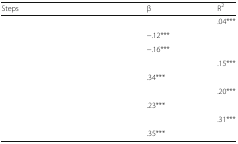
<table><thead><tr><td><b>Steps</b></td><td><b>β</b></td><td><b>R<sup>2</sup></b></td></tr></thead><tbody><tr><td>[EMPTY_CELL]</td><td>[EMPTY_CELL]</td><td>.04***</td></tr><tr><td>[EMPTY_CELL]</td><td>−.12***</td><td>[EMPTY_CELL]</td></tr><tr><td>[EMPTY_CELL]</td><td>−.16***</td><td>[EMPTY_CELL]</td></tr><tr><td>[EMPTY_CELL]</td><td>[EMPTY_CELL]</td><td>.15***</td></tr><tr><td>[EMPTY_CELL]</td><td>.34***</td><td>[EMPTY_CELL]</td></tr><tr><td>[EMPTY_CELL]</td><td>[EMPTY_CELL]</td><td>.20***</td></tr><tr><td>[EMPTY_CELL]</td><td>.23***</td><td>[EMPTY_CELL]</td></tr><tr><td>[EMPTY_CELL]</td><td>[EMPTY_CELL]</td><td>.31***</td></tr><tr><td>[EMPTY_CELL]</td><td>.35***</td><td>[EMPTY_CELL]</td></tr></tbody></table>